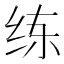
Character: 练